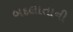
બદલાતાની